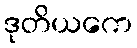
ဒုတိယကေ